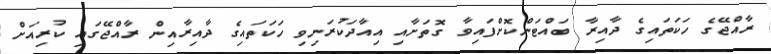
ރާއްޖޭގެ ހަކަތައިގެ ދާއިރާ ބައްޓަންކޮށްފައިވާ ގޮތަށާއި އިއާދަކުރަނިވި ހަކަތައިގެ ދާއިރާއިން ރާއްޖޭގައި ކުރިއަށް